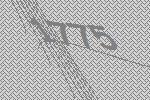
1775